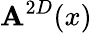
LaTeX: \mathbf{A}^{2D}(x)